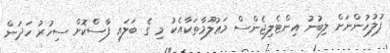
ފުލުހުންނަށް ލިބުނު އިންޓެލިޖެންސް މަޢުލޫމާތަކާއެކު މި ގެ ބަލައި ފާސްކޮށް ސިހުރު ހަދަން